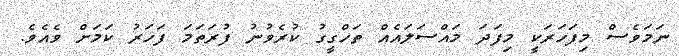
ނަމަވެސް މިފަހަރަކީ މިފަދަ މައްސަލައެއް ތަހްގީގު ކުރެވުނު ފުރަތަމަ ފަހަރު ކަމަށް ވެއެވެ.